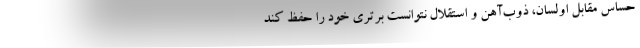
حساس مقابل اولسان، ذوب‌آهن و استقلال نتوانست برتری خود را حفظ کند